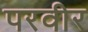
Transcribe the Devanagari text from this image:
परवीर